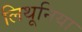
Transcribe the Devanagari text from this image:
लिथूनिया